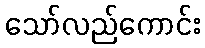
သော်လည်ကောင်း